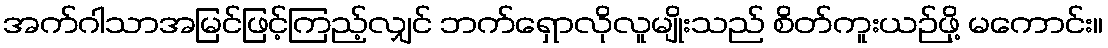
အက်ဂါသာအမြင်ဖြင့်ကြည့်လျှင် ဘက်ရှောလိုလူမျိုးသည် စိတ်ကူးယဉ်ဖို့ မကောင်း။